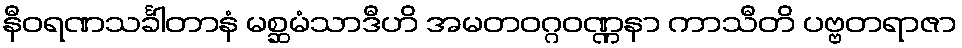
နီဝရဏသင်္ခါတာနံ မစ္ဆမံသာဒီဟိ အမတဝဂ္ဂဝဏ္ဏနာ ကာသီတိ ပဗ္ဗတရာဇာ